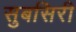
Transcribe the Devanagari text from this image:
सुबसिरी